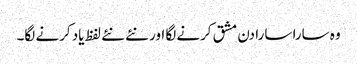
وہ سارا سارا دن مشق کرنے لگا اور نئے نئے لفظ یاد کرنے لگا۔